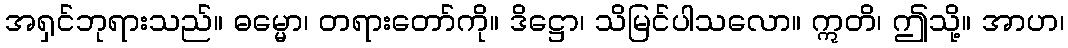
အရှင်ဘုရားသည်။ ဓမ္မော၊ တရားတော်ကို။ ဒိဋ္ဌော၊ သိမြင်ပါသလော။ ဣတိ၊ ဤသို့။ အာဟ၊